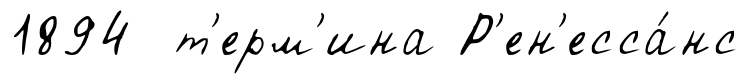
1894 т'ерм'ина Р'ен'есса́нс